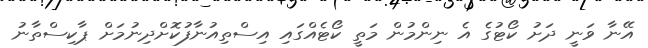
އޭނާ ވަނީ ދަށު ކޯޓުގެ އެ ނިންމުން މަތީ ކޯޓެއްގައި އިސްތިއުނާފުކޮށްދިނުމަށް ޕާކިސްތާނު